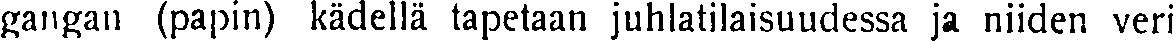
gangan (papin) kädellä tapetaan juhlatilaisuudessa ja niiden veri